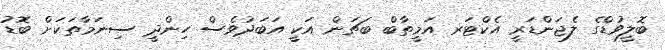
ބޮލީވުޑްގެ ލެޖަންޑަރީ އެކްޓަރ އަމީތާބް ބަޗަން އަކީ އަބަދުވެސް ހިންދީ ސިނަމާތަކަށް ބޮޑު